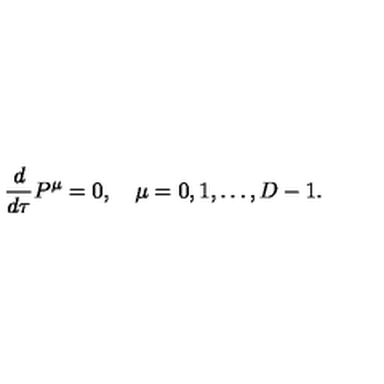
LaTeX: \frac { d } { d \tau } P ^ { \mu } = 0 , \quad \mu = 0 , 1 , \ldots , D - 1 .